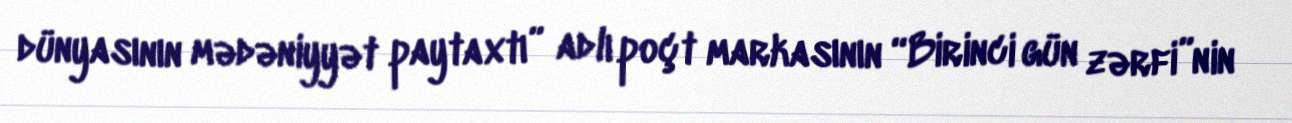
dünyasının mədəniyyət paytaxtı” adlı poçt markasının “Birinci gün zərfi”nin